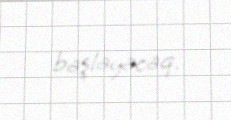
başlayacaq.